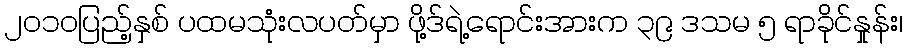
၂၀၁၀ပြည့်နှစ် ပထမသုံးလပတ်မှာ ဖို့ဒ်ရဲ့ရောင်းအားက ၃၉ ဒသမ ၅ ရာခိုင်နှုန်း၊